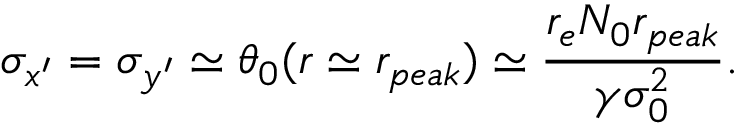
\sigma _ { x ^ { \prime } } = \sigma _ { y ^ { \prime } } \simeq \theta _ { 0 } ( r \simeq r _ { p e a k } ) \simeq \frac { r _ { e } N _ { 0 } r _ { p e a k } } { \gamma \sigma _ { 0 } ^ { 2 } } .